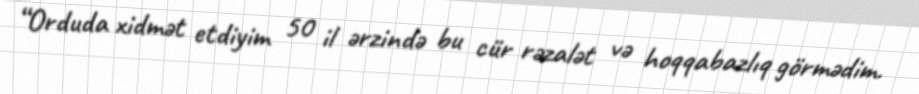
“Orduda xidmət etdiyim 50 il ərzində bu cür rəzalət və hoqqabazlıq görmədim.